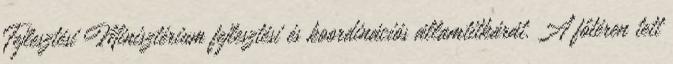
Fejlesztési Minisztérium fejlesztési és koordinációs államtitkárát. A főtéren tett